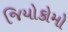
જિયોકોમો